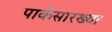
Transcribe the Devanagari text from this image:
पार्कसारख्या